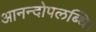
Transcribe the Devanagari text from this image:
आनन्दोपलब्धि।